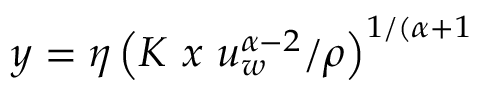
y = \eta \left( K ~ x ~ u _ { w } ^ { \alpha - 2 } / \rho \right) ^ { 1 / ( \alpha + 1 }